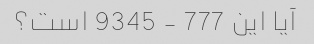
آیا این 777 - 9345 است؟